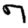
Digit: 7